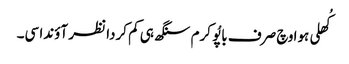
کُھلی ہوا وچ صرف باپُو کرم سنگھ ہی کم کردا نظر آؤندا سی۔